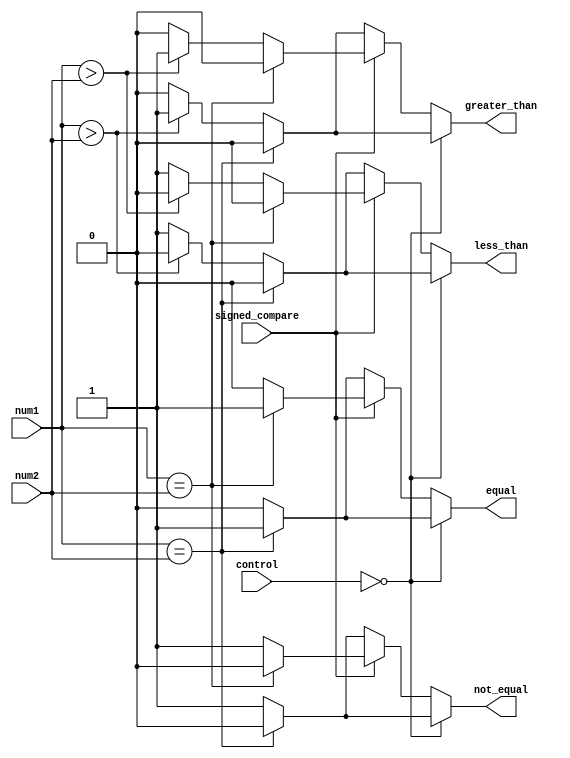
module comparator (
    input [7:0] num1,
    input [7:0] num2,
    input signed_compare,
    input [1:0] control,
    output equal,
    output not_equal,
    output greater_than,
    output less_than
);

reg equal, not_equal, greater_than, less_than;

always @(*) begin
    if(control == 2'b00) begin // unsigned comparison
        if(num1 == num2) begin
            equal = 1;
            not_equal = 0;
            greater_than = 0;
            less_than = 0;
        end else if(num1 > num2) begin
            equal = 0;
            not_equal = 1;
            greater_than = 1;
            less_than = 0;
        end else begin
            equal = 0;
            not_equal = 1;
            greater_than = 0;
            less_than = 1;
        end
    end else begin // signed comparison
        if(signed_compare) begin
            if($signed(num1) == $signed(num2)) begin
                equal = 1;
                not_equal = 0;
                greater_than = 0;
                less_than = 0;
            end else if($signed(num1) > $signed(num2)) begin
                equal = 0;
                not_equal = 1;
                greater_than = 1;
                less_than = 0;
            end else begin
                equal = 0;
                not_equal = 1;
                greater_than = 0;
                less_than = 1;
            end
        end else begin
            if(num1 == num2) begin
                equal = 1;
                not_equal = 0;
                greater_than = 0;
                less_than = 0;
            end else if(num1 > num2) begin
                equal = 0;
                not_equal = 1;
                greater_than = 1;
                less_than = 0;
            end else begin
                equal = 0;
                not_equal = 1;
                greater_than = 0;
                less_than = 1;
            end
        end
    end
end

endmodule